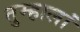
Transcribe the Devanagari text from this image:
तुम्हालां